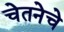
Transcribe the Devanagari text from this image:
चेतनेचे